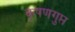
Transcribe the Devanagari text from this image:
कृषणगुप्त